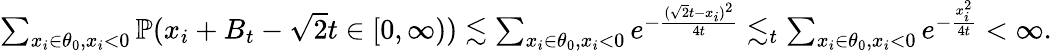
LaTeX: \begin{array}{r}{\sum_{x_{i}\in\theta_{0},x_{i}<0}\mathbb{P}(x_{i}+B_{t}-\sqrt{2}t\in[0,\infty))\lesssim\sum_{x_{i}\in\theta_{0},x_{i}<0}e^{-\frac{(\sqrt{2}t-x_{i})^{2}}{4t}}\lesssim_{t}\sum_{x_{i}\in\theta_{0},x_{i}<0}e^{-\frac{x_{i}^{2}}{4t}}<\infty.}\end{array}